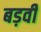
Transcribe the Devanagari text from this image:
बड़वी